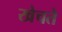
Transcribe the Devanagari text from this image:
खेचते